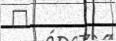
٤